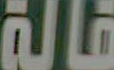
قالة